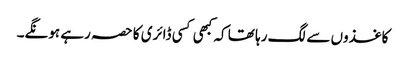
کاغذوں سے لگ رہا تھا کہ کبھی کسی ڈائری کا حصہ رہے ہونگے۔